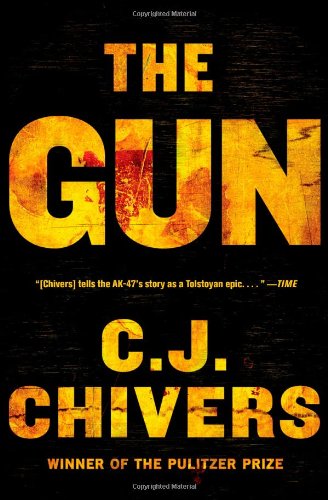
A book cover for The Gun; C. J. Chivers; History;